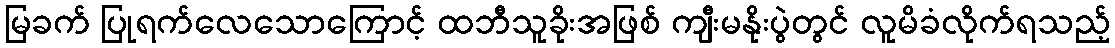
မြခက် ပြုရက်လေသောကြောင့် ထဘီသူခိုးအဖြစ် ကျီးမနိုးပွဲတွင် လူမိခံလိုက်ရသည့်